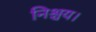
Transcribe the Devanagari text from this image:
निश्चय।